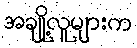
အချို့လူများက